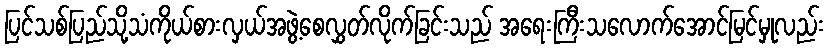
ပြင်သစ်ပြည်သို့သံကိုယ်စားလှယ်အဖွဲ့စေလွှတ်လိုက်ခြင်းသည် အရေးကြီးသလောက်အောင်မြင်မှုလည်း